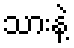
သားနဲ့